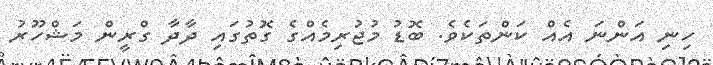
ހިނި އަންނަ އެއް ކަންތަކެވެ. ބޮޑު މުޖުރިމެއްގެ ގޮތުގައި ދާދާ ގްރީން މަޝްހޫރު